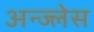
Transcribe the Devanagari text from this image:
अन्ज्लेस